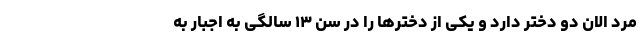
مرد الان دو دختر دارد و یکی از دخترها را در سن ۱۳ سالگی به اجبار به